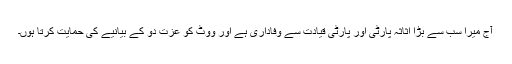
آج میرا سب سے بڑا اثاثہ پارٹی اور پارٹی قیادت سے وفاداری ہے اور ووٹ کو عزت دو کے بیانیے کی حمایت کرتا ہوں۔